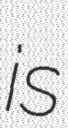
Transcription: is